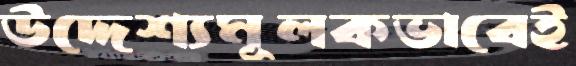
উদ্দেশ্যমূলকভাবেই